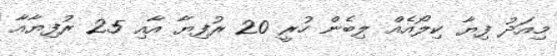
މިއަދު ފިޔާ ކިލޯއެއް ލިބެން ހުރީ 20 ރުފިޔާ އާއި 25 ރުފިޔާއާ